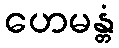
ဟေမန္တံ